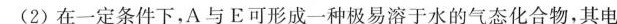
(2)在一定条件下，A与E可形成一种极易溶于水的气态化合物，其电